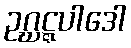
ဥဂ္ဃဋ္ဋပါဒေါ